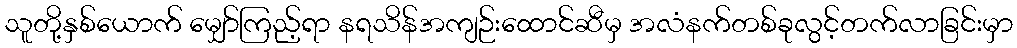
သူတို့နှစ်ယောက် မျှော်ကြည့်ရာ နရသိန်အကျဉ်းထောင်ဆီမှ အလံနက်တစ်ခုလွင့်တက်လာခြင်းမှာ